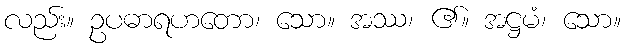
လည်း။ ဥပဓာရဟတော၊ သော။ အဿ၊ ၏။ အဋ္ဌမံ၊ သော။